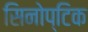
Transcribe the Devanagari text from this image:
सिनोप्टिक